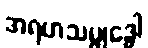
အရဟသမ္ဗုဒ္ဓေါ